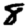
Digit: 8